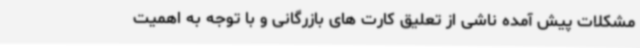
مشکلات پیش آمده ناشی از تعلیق کارت های بازرگانی و با توجه به اهمیت